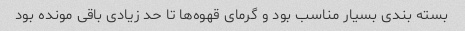
بسته بندی بسیار مناسب بود و گرمای قهوه‌ها تا حد زیادی باقی مونده بود